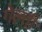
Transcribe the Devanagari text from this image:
गेल्ती